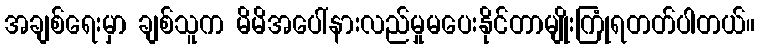
အချစ်ရေးမှာ ချစ်သူက မိမိအပေါ်နားလည်မှုမပေးနိုင်တာမျိုးကြုံရတတ်ပါတယ်။